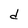
Character: d